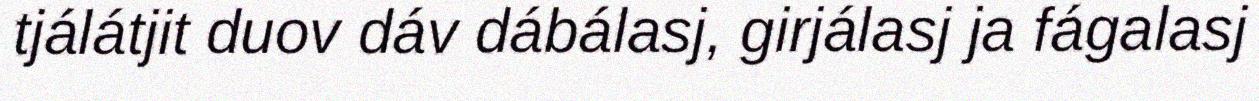
tjálátjit duov dáv dábálasj, girjálasj ja fágalasj